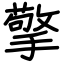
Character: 擎